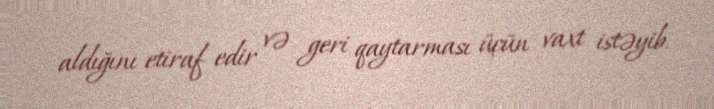
aldığını etiraf edir və geri qaytarması üçün vaxt istəyib.